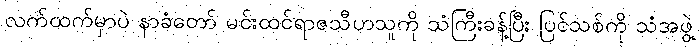
လက်ထက်မှာပဲ နာခံတော် မင်းထင်ရာဇသီဟသူကို သံကြီးခန့်ပြီး ပြင်သစ်ကို သံအဖွဲ့